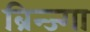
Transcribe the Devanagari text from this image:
ब्रिन्ज्गा